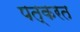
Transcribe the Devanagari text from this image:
पत्करत